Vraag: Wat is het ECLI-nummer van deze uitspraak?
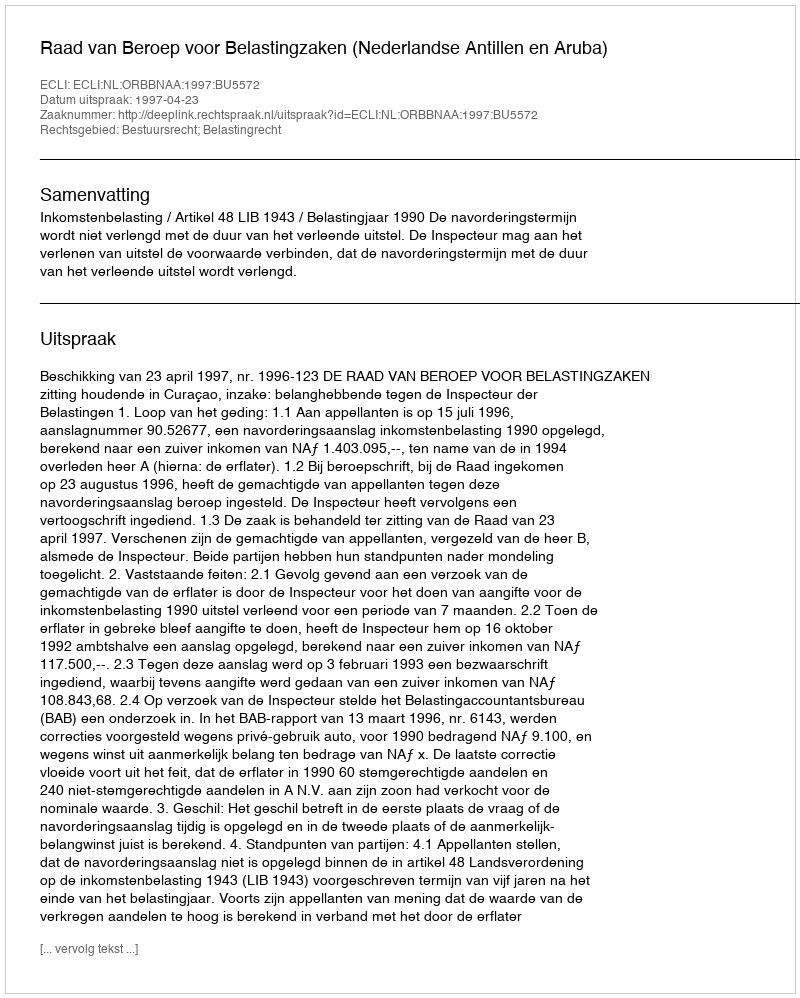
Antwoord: ECLI:NL:ORBBNAA:1997:BU5572